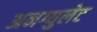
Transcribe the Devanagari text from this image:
अनग्युलेट